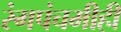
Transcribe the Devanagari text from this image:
रंगपंचमीही